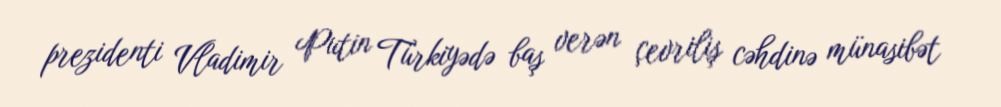
prezidenti Vladimir Putin Türkiyədə baş verən çevriliş cəhdinə münasibət